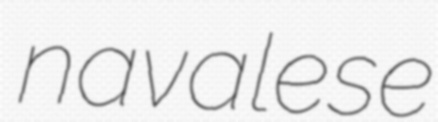
navalese